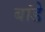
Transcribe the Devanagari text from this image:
बांडे